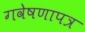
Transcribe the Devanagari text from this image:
गवेषणापत्र